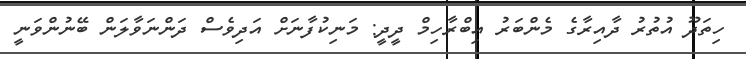
ހިތަދޫ އުތުރު ދާއިރާގެ މެންބަރު އިބްރާހިމް ދީދީ: މަނިކުފާނަށް އަދިވެސް ދަންނަވާލަން ބޭނުންވަނީ